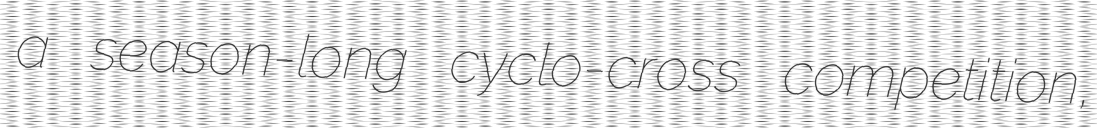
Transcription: a season-long cyclo-cross competition,